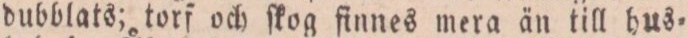
dubblats; torf och ſkog finnes mera än till hus=